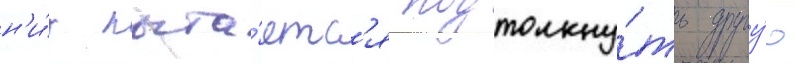
н'и́х пыта́етс'я подтолкну́ть другу́ю